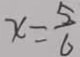
x = \frac { 5 } { 6 }